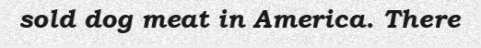
sold dog meat in America. There